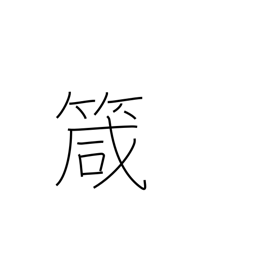
Meaning: needle